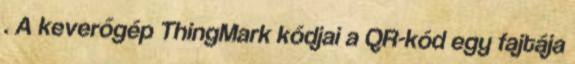
. A keverőgép ThingMark kódjai a QR-kód egy fajtája